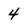
Character: 4